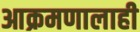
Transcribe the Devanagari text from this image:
आक्रमणालाही